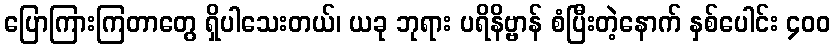
ပြောကြားကြတာတွေ ရှိပါသေးတယ်၊ ယခု ဘုရား ပရိနိဗ္ဗာန် စံပြီးတဲ့နောက် နှစ်ပေါင်း ၄၀၀